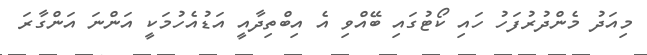
މިއަދު މެންދުރުފަހު ހައި ކޯޓުގައި ބޭއްވި އެ އިބްތިދާއީ އަޑުއެހުމަކީ އަންނަ އަންގާރަ